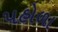
પહોળા